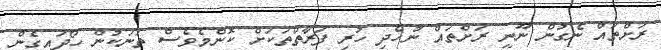
ރަށްތައް ނެގުން ނޫނީ ރަށްތައް ނުހެދި ހުރި ފަރާތްތަކަށް ކޮންމެވެސް ތަނަކުން ހޯދައިގެން